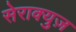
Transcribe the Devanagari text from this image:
सेराक्युज़